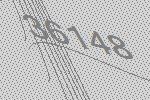
36148